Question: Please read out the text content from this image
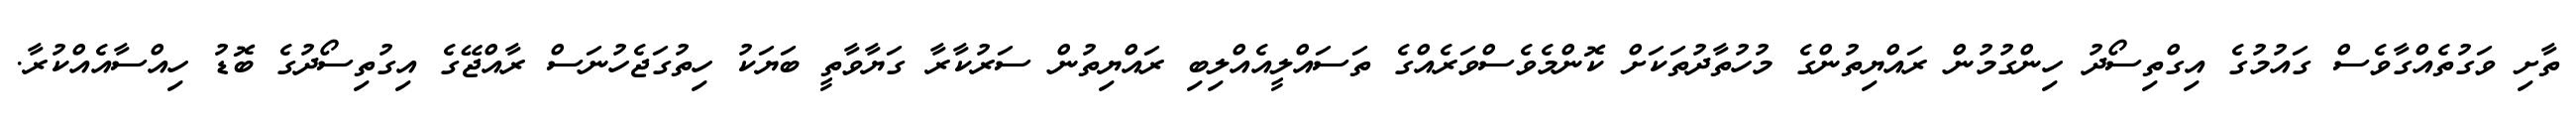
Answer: ތާށި ވަގުތެއްގާވެސް ގައުމުގެ އިގްތިސޯދު ހިންގުމުން ރައްޔިތުންގެ މުހުތާދުތަކަށް ކޮންމެވެސްވަރެއްގެ ތަސައްލީއެއްލިބި ރައްޔިތުން ސަރުކާރާ ގަޔާވާތީ ބަޔަކު ހިތުގަޖެހުނަސް ރާއްޖޭގެ އިގުތިސޯދުގެ ބޮޑު ހިއްސާއެއްކުރާ.